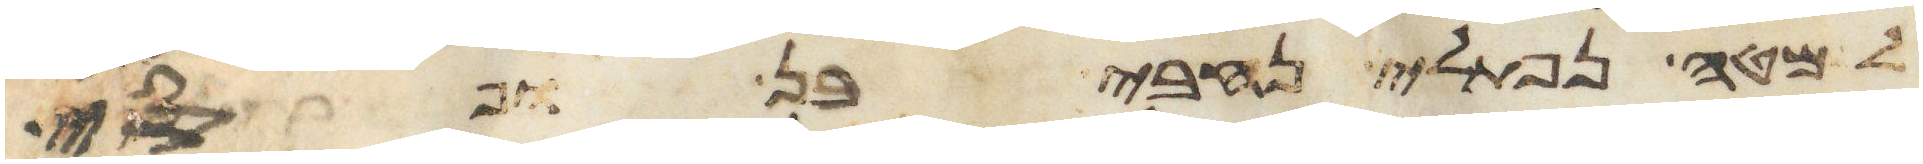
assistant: למטה נפתלי נחבי בן ופסי